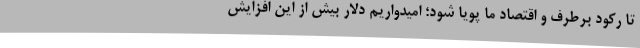
تا رکود برطرف و اقتصاد ما پویا شود؛ امیدواریم دلار بیش از این افزایش